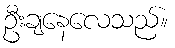
ဦးချနေလေသည်။